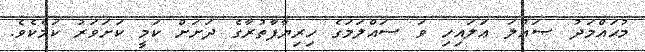
މުޙައްމަދު ޞައްލަ ޢަލައިހި ވަ ސައްލަމަގެ ހިރިޔާފާތުރާގެ ދަށަށް ކަމީ ކަށަވަރު ކަމެކެވެ.